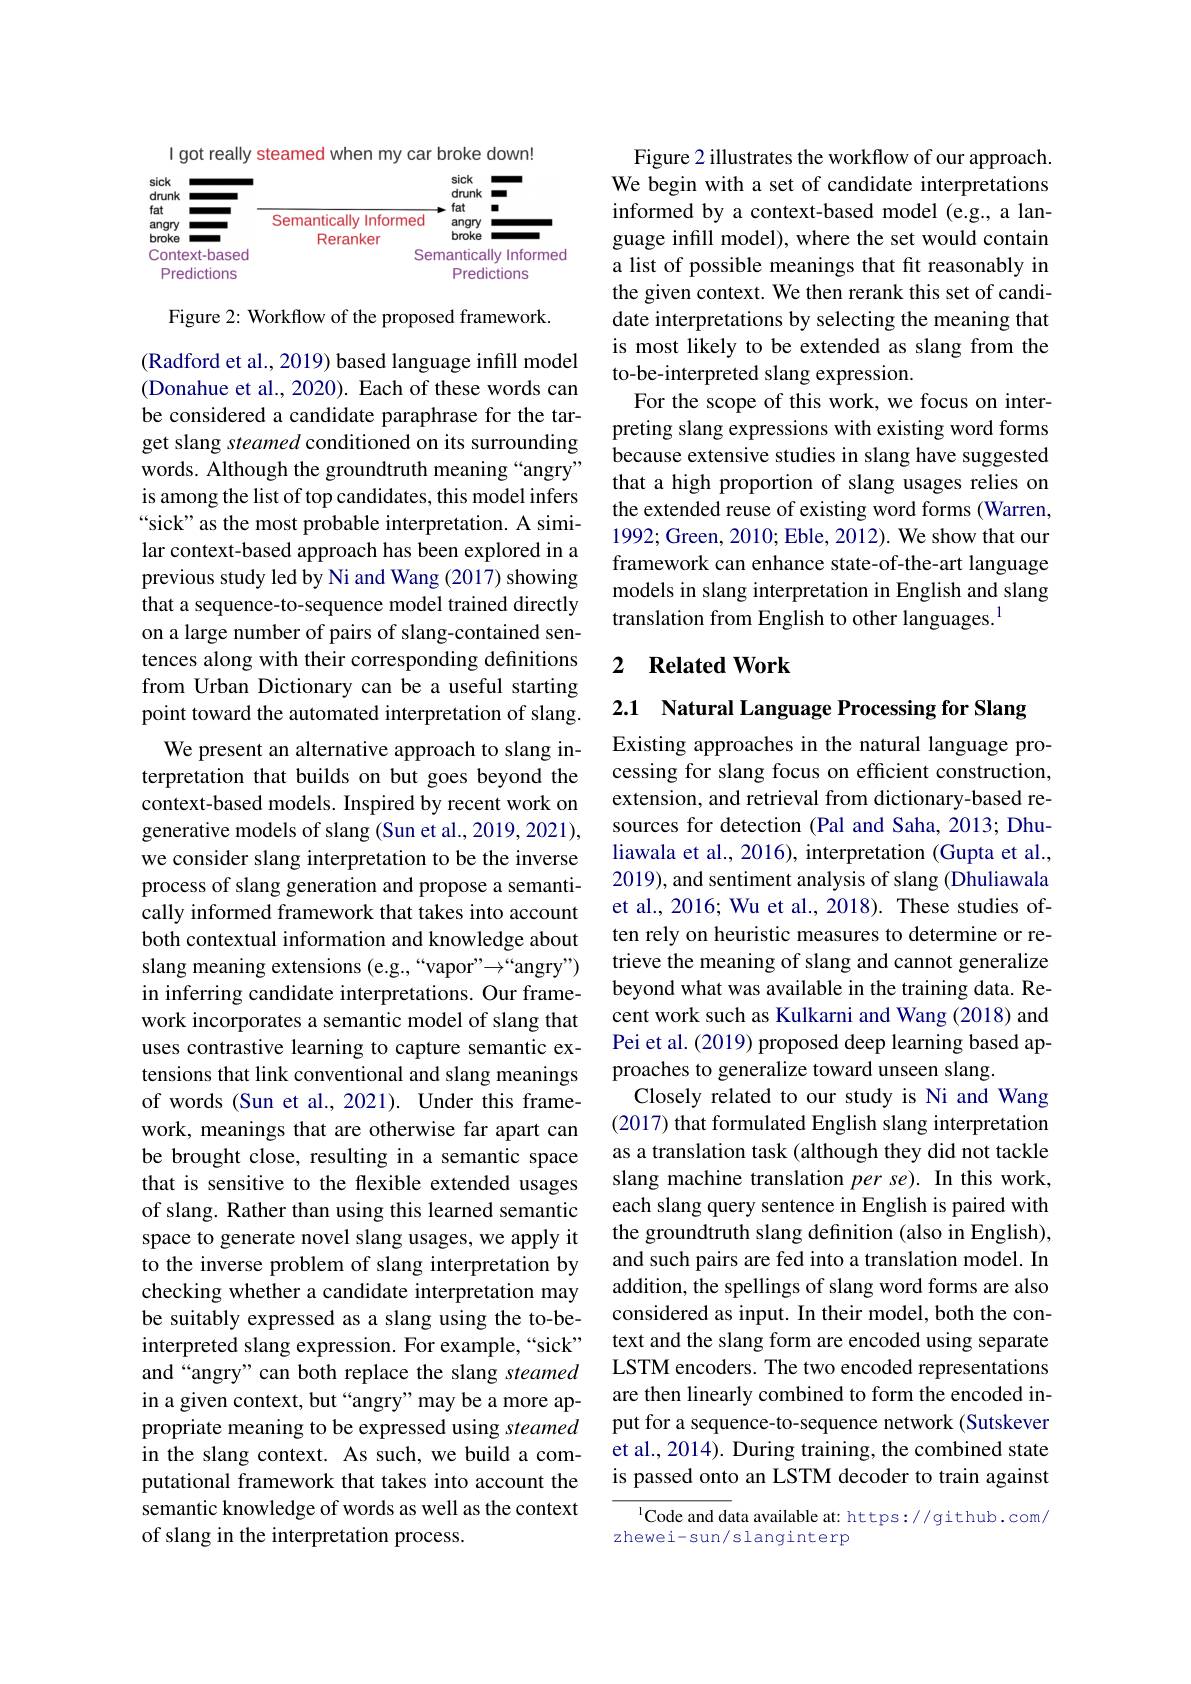
really steamed when
car broke down!
<FigureHere>

Figure 2: Workflow of the proposed framework.

(Radford et al., 2019) based language infill model (Donahue et al., 2020). Each of these words can be considered a candidate paraphrase for the target slang steamed conditioned on its surrounding words. Although the groundtruth meaning “angry” is among the list of top candidates, this model infers “sick" as the most probable interpretation. A similar context-based approach has been explored in a previous study led by Ni and Wang (2017) showing that a sequence-to-sequence model trained directly on a large number of pairs of slang-contained sentences along with their corresponding definitions from Urban Dictionary can be a useful starting point toward the automated interpretation of slang.
We present an alternative approach to slang interpretation that builds on but goes beyond the context-based models. Inspired by recent work on generative models of slang (Sun et al., 2019, 2021), we consider slang interpretation to be the inverse process of slang generation and propose a semantically informed framework that takes into account both contextual information and knowledge about slang meaning extensions (e.g.,“vapor”'''angry") in inferring candidate interpretations. Our framework incorporates a semantic model of slang that uses contrastive learning to capture semantic extensions that link conventional and slang meanings of words (Sun et al., 2021). Under this framework, meanings that are otherwise far apart can be brought close, resulting in a semantic space that is sensitive to the flexible extended usages of slang. Rather than using this learned semantic space to generate novel slang usages, we apply it to the inverse problem of slang interpretation by checking whether a candidate interpretation may be suitably expressed as a slang using the to-beinterpreted slang expression. For example, “sick” and“angry”can both replace the slang steamed in a given context, but “angry”may be a more appropriate meaning to be expressed using steamed in the slang context. As such, we build a computational framework that takes into account the semantic knowledge of words as well as the context of slang in the interpretation process.

Figure 2 illustrates the workflow of our approach. We begin with a set of candidate interpretations informed by a context-based model (e.g., a language infill model), where the set would contain a list of possible meanings that fit reasonably in the given context. We then rerank this set of candidate interpretations by selecting the meaning that is most likely to be extended as slang from the to-be-interpreted slang expression.
For the scope of this work, we focus on interpreting slang expressions with existing word forms because extensive studies in slang have suggested that a high proportion of slang usages relies on the extended reuse of existing word forms (Warren, 1992; Green, 2010; Eble, 2012). We show that our framework can enhance state-of-the-art language models in slang interpretation in English and slang translation from English to other languages.$^{\mathrm{l}}$

### 2 $\textbf{Related Work}$

2.1 Natural Language Processing for Slang

Existing approaches in the natural language processing for slang focus on efficient construction, extension, and retrieval from dictionary-based resources for detection (Pal and Saha, 2013; Dhuliawala et al., 2016), interpretation (Gupta et al., 2019), and sentiment analysis of slang (Dhuliawala et al., 2016; Wu et al., 2018). These studies often rely on heuristic measures to determine or retrieve the meaning of slang and cannot generalize beyond what was available in the training data. Recent work such as Kulkarni and Wang (2018) and Pei et al. (2019) proposed deep learning based approaches to generalize toward unseen slang.
Closely related to our study is Ni and Wang (2017) that formulated English slang interpretation as a translation task (although they did not tackle slang machine translation per se). In this work, each slang query sentence in English is paired with the groundtruth slang definition (also in English), and such pairs are fed into a translation model. In addition, the spellings of slang word forms are also considered as input. In their model, both the context and the slang form are encoded using separate LSTM encoders. The two encoded representations are then linearly combined to form the encoded input for a sequence-to-sequence network (Sutskever et al., 2014). During training, the combined state is passed onto an LSTM decoder to train against
$^{1}$Code and data available at: https://github.com/

zhewei-sun/slanginterp